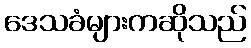
ဒေသခံများကဆိုသည်